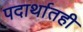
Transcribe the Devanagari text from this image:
पदार्थातही